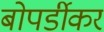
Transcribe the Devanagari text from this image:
बोपर्डीकर